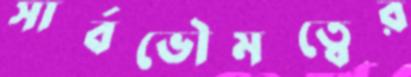
সার্বভৌমত্বের